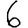
Digit: 6